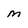
Character: m